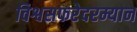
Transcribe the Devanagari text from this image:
विश्वसफरेदरम्यान